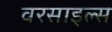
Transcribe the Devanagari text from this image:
वरसाइल्स